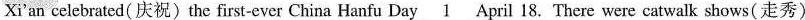
Xi'an celebrated( 庆祝)the first-ever China Hanfu Day \underline{1} April 18. There were cat walk shows(走秀)